65_HS1-834228961_62-HQ-83894_Section_3
Agency: FBI
Page 159
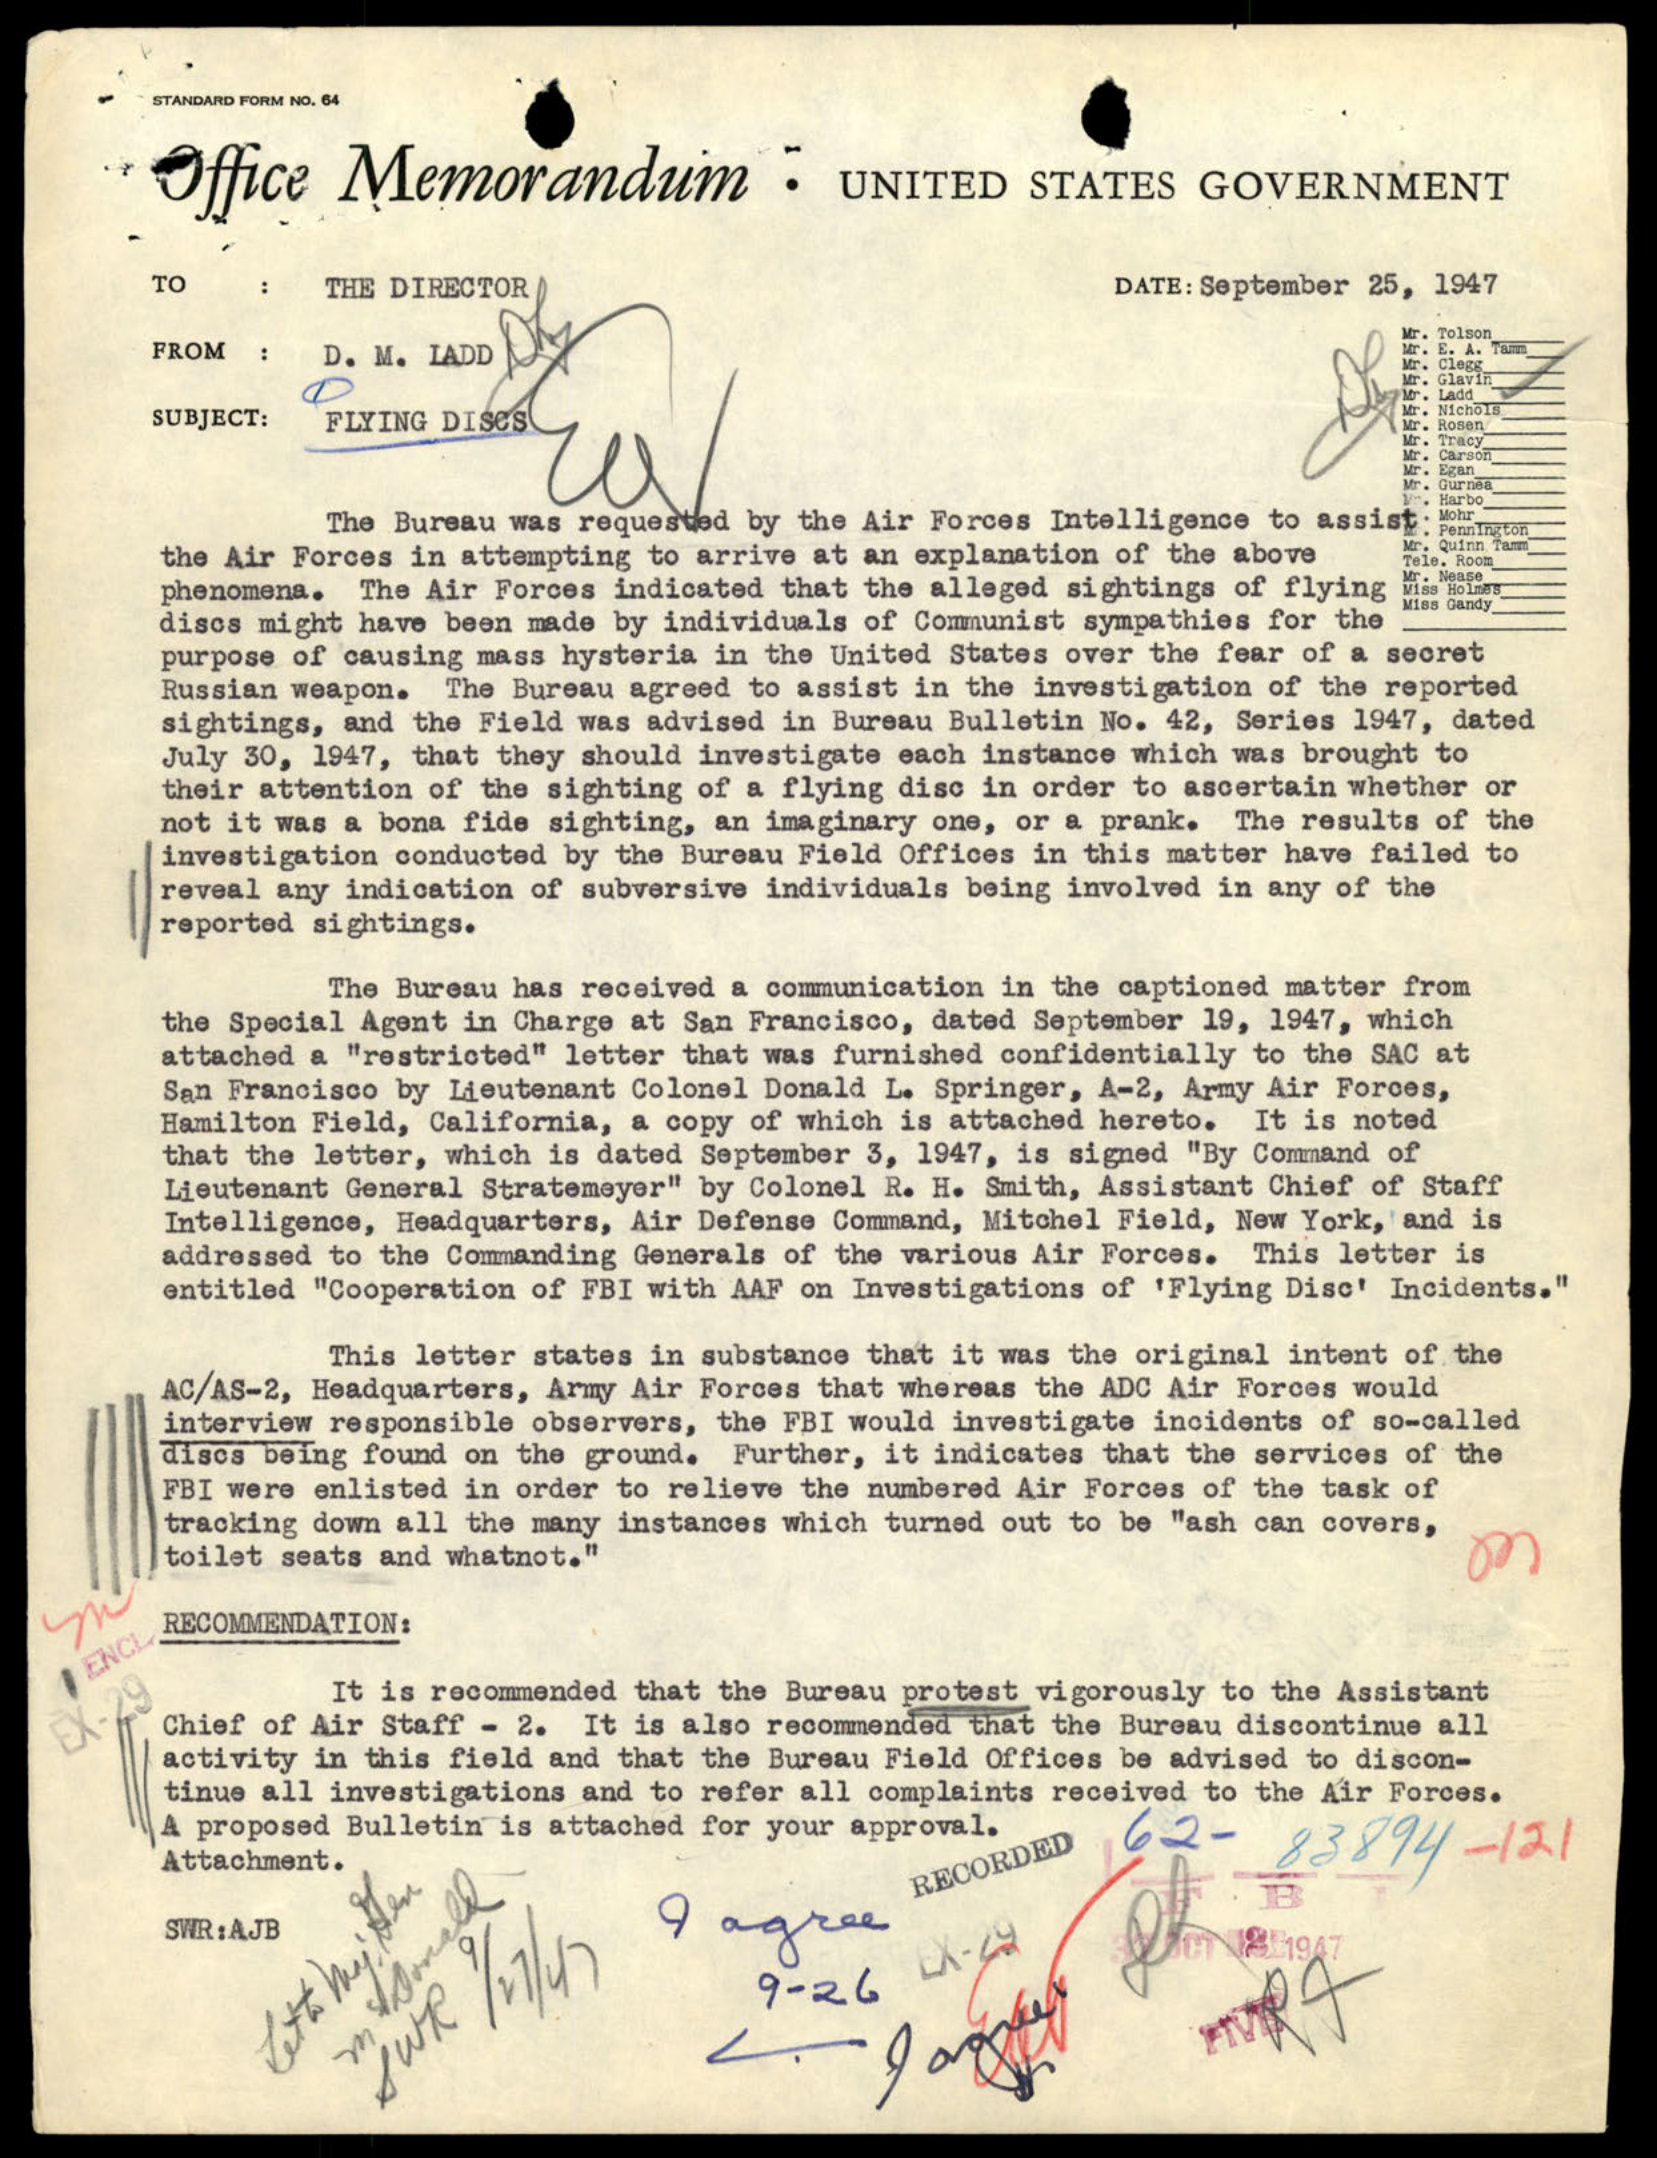